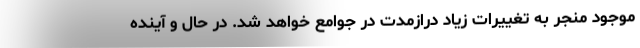
موجود منجر به تغییرات زیاد درازمدت در جوامع خواهد شد. در حال و آینده